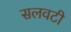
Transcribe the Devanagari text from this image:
सलवटी